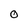
Character: O